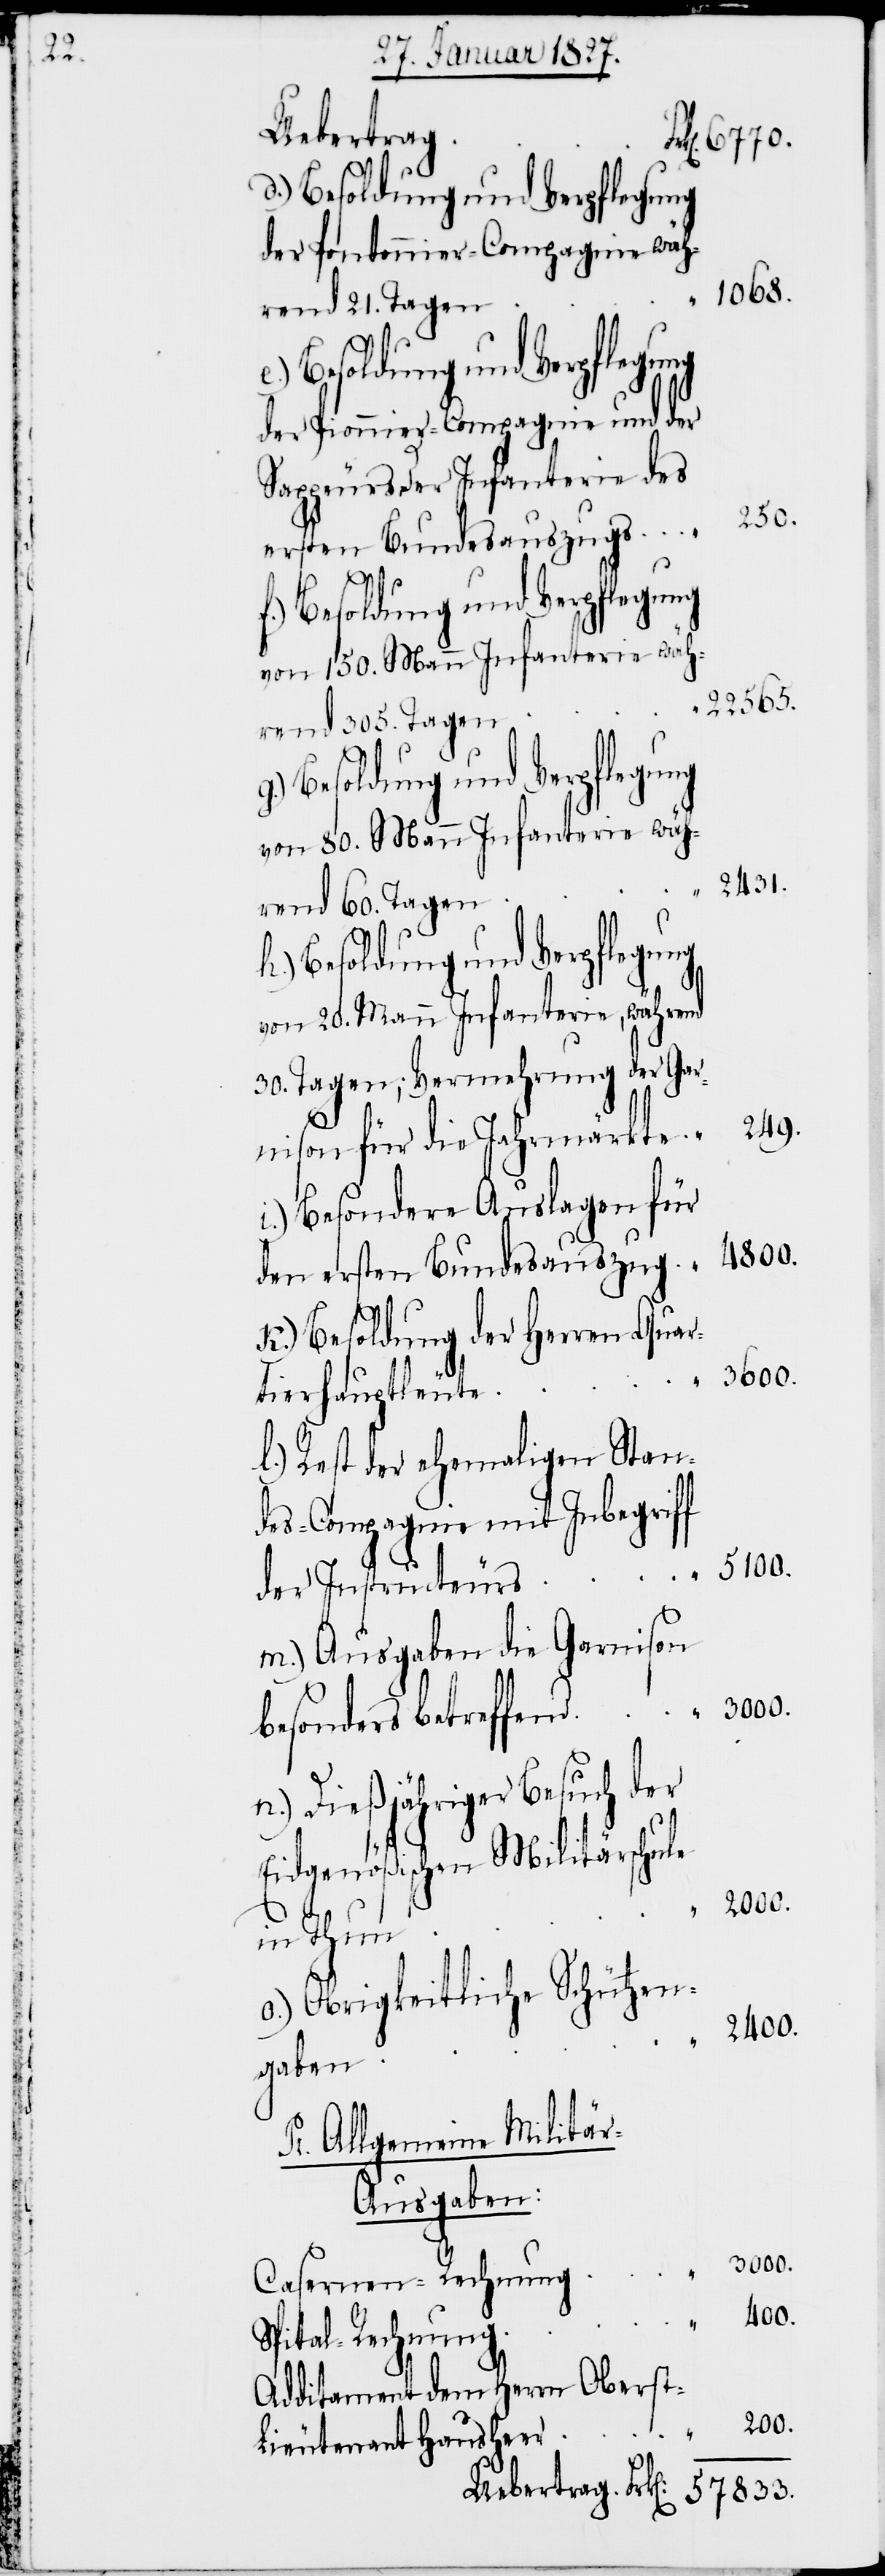
Uebertrag.
h.) Besoldung und Verpflegung
der Pontonnier-Compagnie wäh¬
1068
f
rend 21. Tagen
der Pionnier-Compagnie und der
Sappeurs der Infanterie des
250.
ersten Bundesauszug
von 150. Mann Infanterie wäh¬
22565.
rend 305. Tagen
von 80. Mann Infanterie wäh¬
2431.
rend 60. Tagen
von 20. Mann Infanterie, während
30. Tagen; Vermehrung der Gar¬
nison für die Jahrmärkte
i.) Besondere Auslagen für
k.) Besoldung der Herren Quar¬
tierhauptleute
l.) Rest der ehemaligen Stan¬
des-Compagnie mit Inbegrif¬
5100.
der Instructeurs
m.) Ausgaben die Garnison
besonders betreffend
n.) Dießjähriger Besuch der
Eidgenößischen Militärschule
in Thun
o.) Obrigkeitliche Schützen¬
gaben
Pr. Allgemeine Militä¬
r-Ausgaben:
3000.
Casernen-Rechnung
400.
Spital-Rechnung
Additament dem Herrn Oberst¬
200.
lieutenant Hausheer
57833.